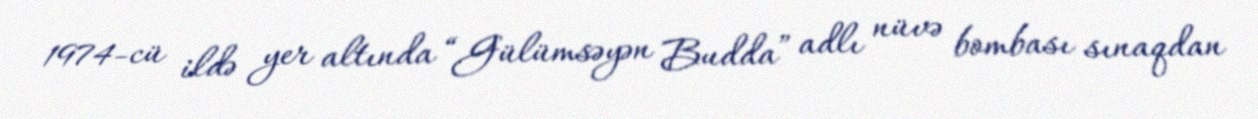
1974-cü ildə yer altında “Gülümsəyən Budda” adlı nüvə bombası sınaqdan